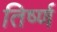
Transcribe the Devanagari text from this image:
तिर्ष्ण